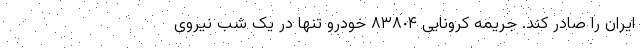
ایران را صادر کند. جریمه کرونایی ٨٣٨٠۴ خودرو تنها در یک شب نیروی